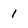
Character: 1